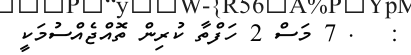
:   . 7 މަސް 2 ހަފްތާ ކުރިން ތޮއްޖެއްސުމަކީ